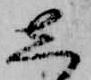
し